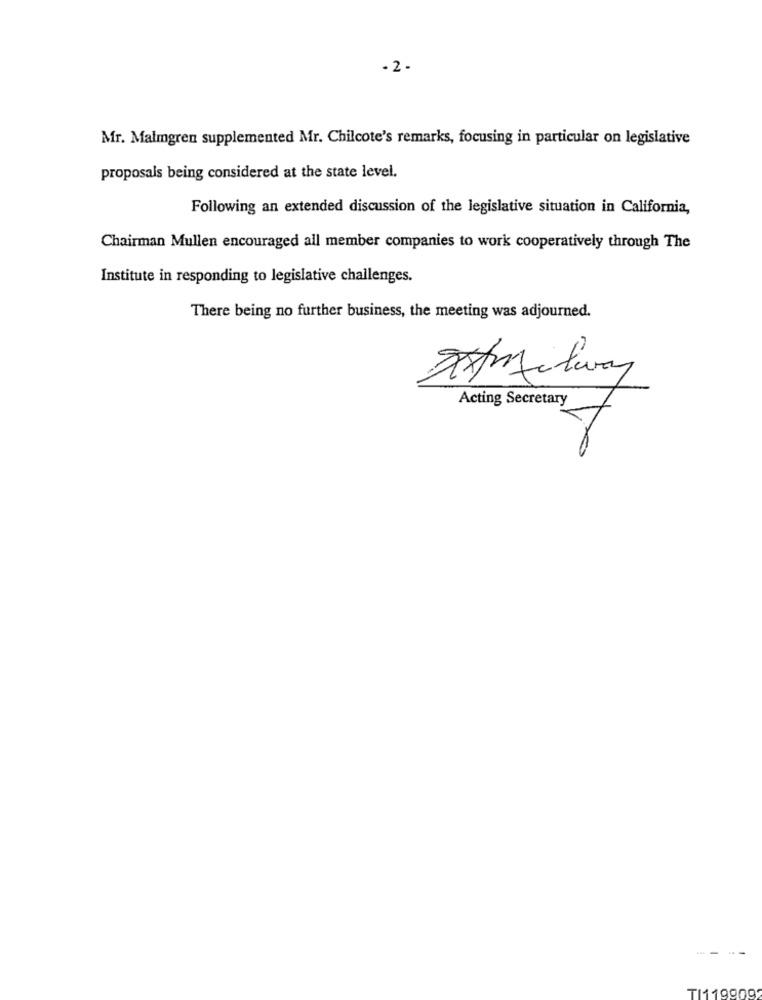
- 2-
Mr. Malmgren supplemented Mr. Chilcote's remarks, focusing in particular on legislative
proposals being considered at the state level.
Following an extended discussion of the legislative situation in California,
Chairman Mullen encouraged all member companies to work cooperatively through The
Institute in responding to legislative challenges.
There being no further business, the meeting was adjourned.
midway
Acting Secretary
TI119909